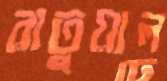
রাতুয়াল